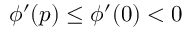
\phi ^ { \prime } ( p ) \leq \phi ^ { \prime } ( 0 ) < 0